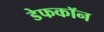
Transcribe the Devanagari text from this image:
डेफकॉन